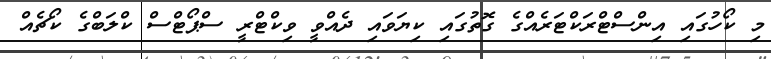
މި ކޯހުގައި އިންސްޓްރަކްޓަރެއްގެ ގޮތުގައި ކިޔަވައި ދެއްވީ ވިކްޓްރީ ސްޕޯޓްސް ކްލަބްގެ ކޯޗެއް